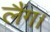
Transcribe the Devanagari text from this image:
लैंग।